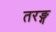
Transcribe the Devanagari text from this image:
तरङ्ग